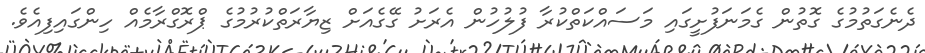
ދެނެގަތުމުގެ ގޮތުން ގެމަނަފުށީގައި މަސައްކަތްކުރާ ފުލުހުން އެރަށު ގޭގެއަށް ޒިޔާރަތްކުރުމުގެ ޕްރޮގްރާމެއް ހިންގައިފިއެވެ.